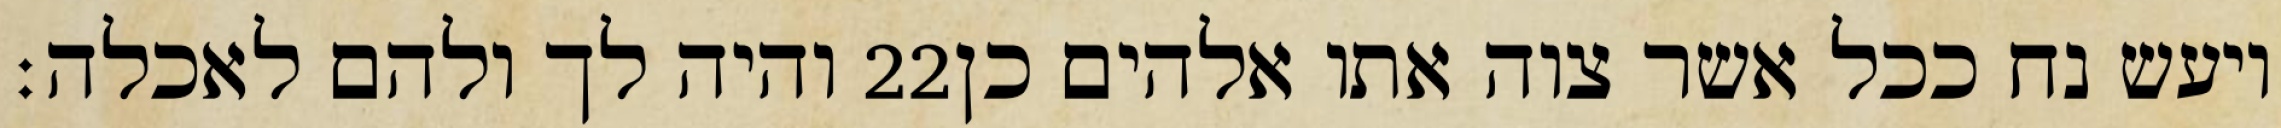
והיה לך ולהם לאכלה׃ ‎22‏ ויעש נח ככל אשר צוה אתו אלהים כן